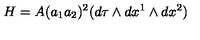
H = A ( a _ { 1 } a _ { 2 } ) ^ { 2 } ( d \tau \wedge d x ^ { 1 } \wedge d x ^ { 2 } )